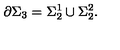
\partial \Sigma _ { 3 } = \Sigma _ { 2 } ^ { 1 } \cup \Sigma _ { 2 } ^ { 2 } .